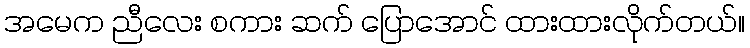
အမေက ညီလေး စကား ဆက် ပြောအောင် ထားထားလိုက်တယ်။